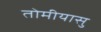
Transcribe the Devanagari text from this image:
तोमीयासु